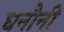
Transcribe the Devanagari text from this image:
घनौनी